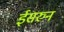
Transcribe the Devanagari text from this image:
ईसरुन